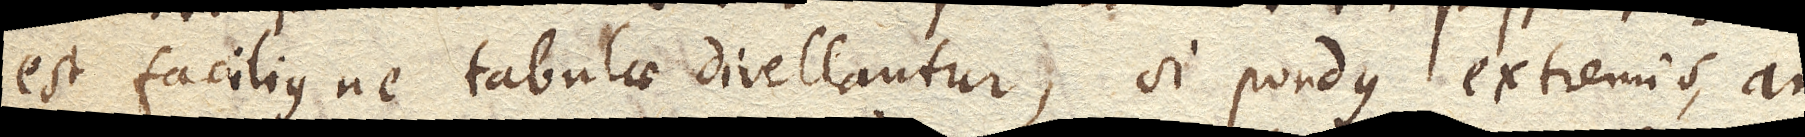
est faciliusne tabulae divellantur, si pondus extremis, an